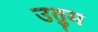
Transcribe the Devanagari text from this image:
उतुम